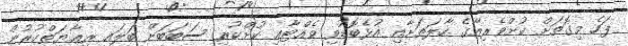
ފަހެ މިގޮތަށް ކުށްވެރިއާގެ ހާލަތަށާއި އުޅެބޮޑުވި ވެއްޓާއި ކުށްކުރި ސަބަބަށް ބަލައި ރިޢާޔަތްކުރުން